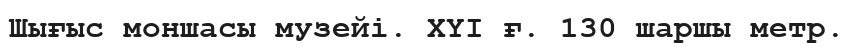
Шығыс моншасы музейі. ХҮІ ғ. 130 шаршы метр.